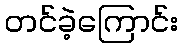
တင်ခဲ့ကြောင်း